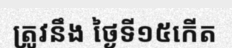
ត្រូវនឹង ថ្ងៃទី១៥កើត